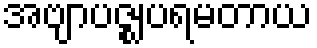
အဗျာပဇ္ဈပရမတာယ